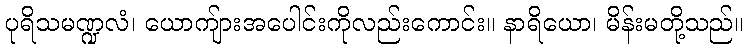
ပုရိသမဏ္ဍလံ၊ ယောကျ်ားအပေါင်းကိုလည်းကောင်း။ နာရိယော၊ မိန်းမတို့သည်။